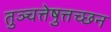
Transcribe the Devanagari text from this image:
तुञ्चत्तेष़ुत्तच्छन